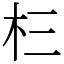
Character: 㭅